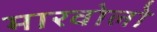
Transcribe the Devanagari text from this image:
मारवोलो